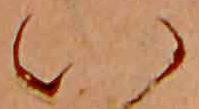
い